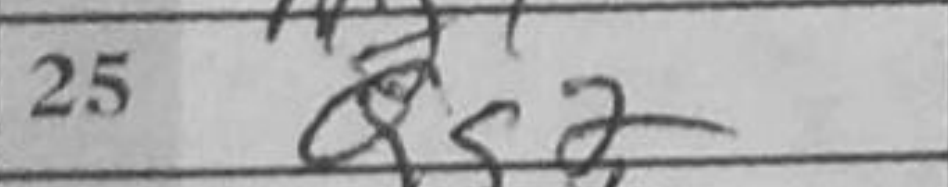
Transcription: Qg2